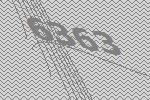
6363